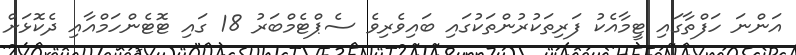
އަންނަ ހަފްތާގައި ޓީމާއެކު ފަރިތަކުރުންތަކުގައި ބައިވެރިވެ ސެޕްޓެމްބަރު 18 ގައި ޓޮޓެންހަމްއާއި ދެކޮޅަށް